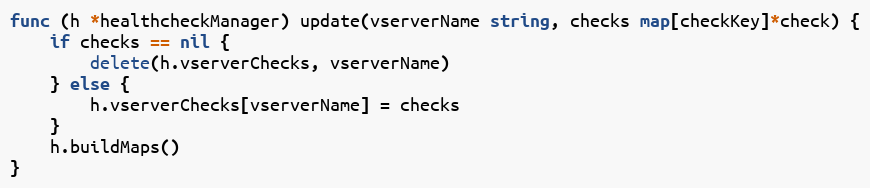
Language: Go
func (h *healthcheckManager) update(vserverName string, checks map[checkKey]*check) {
	if checks == nil {
		delete(h.vserverChecks, vserverName)
	} else {
		h.vserverChecks[vserverName] = checks
	}
	h.buildMaps()
}